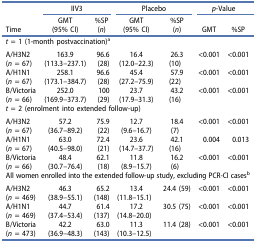
<table><thead><tr><td><b> </b></td><td colspan="2"><b>IIV3</b></td><td colspan="2"><b>Placebo</b></td><td colspan="2"><b><i>p</i>-Value</b></td></tr><tr><td><b>Time</b></td><td><b>GMT(95% CI)</b></td><td><b>%SP(<i>n</i>)</b></td><td><b>GMT(95% CI)</b></td><td><b>%SP(<i>n</i>)</b></td><td><b>GMT</b></td><td><b>%SP</b></td></tr></thead><tbody><tr><td colspan="7"><i>t</i> = 1 (1-month postvaccination)<sup>a</sup></td></tr><tr><td>A/H3N2</td><td>163.9</td><td>96.6</td><td>16.4</td><td>26.3</td><td rowspan="2">&lt;0.001</td><td rowspan="2">&lt;0.001</td></tr><tr><td>(<i>n</i> = 67)</td><td>(113.3–237.1)</td><td>(28)</td><td>(12.0–22.3)</td><td>(10)</td></tr><tr><td>A/H1N1</td><td>258.1</td><td>96.6</td><td>45.4</td><td>57.9</td><td rowspan="2">&lt;0.001</td><td rowspan="2">&lt;0.001</td></tr><tr><td>(<i>n</i> = 67)</td><td>(173.1–384.7)</td><td>(28)</td><td>(27.2–75.9)</td><td>(22)</td></tr><tr><td>B/Victoria</td><td>252.0</td><td>100</td><td>23.7</td><td>43.2</td><td rowspan="2">&lt;0.001</td><td rowspan="2">&lt;0.001</td></tr><tr><td>(<i>n</i> = 66)</td><td>(169.9–373.7)</td><td>(29)</td><td>(17.9–31.3)</td><td>(16)</td></tr><tr><td colspan="7"><i>t</i> = 2 (enrolment into extended follow-up)</td></tr><tr><td>A/H3N2</td><td>57.2</td><td>75.9</td><td>12.7</td><td>18.4</td><td rowspan="2">&lt;0.001</td><td rowspan="2">&lt;0.001</td></tr><tr><td>(<i>n</i> = 67)</td><td>(36.7–89.2)</td><td>(22)</td><td>(9.6–16.7)</td><td>(7)</td></tr><tr><td>A/H1N1</td><td>63.0</td><td>72.4</td><td>23.6</td><td>42.1</td><td rowspan="2">0.004</td><td rowspan="2">0.013</td></tr><tr><td>(<i>n</i> = 67)</td><td>(40.5–98.0)</td><td>(21)</td><td>(14.7–37.7)</td><td>(16)</td></tr><tr><td>B/Victoria</td><td>48.4</td><td>62.1</td><td>11.8</td><td>16.2</td><td rowspan="2">&lt;0.001</td><td rowspan="2">&lt;0.001</td></tr><tr><td>(<i>n</i> = 66)</td><td>(30.7–76.4)</td><td>(18)</td><td>(8.9–15.7)</td><td>(6)</td></tr><tr><td colspan="7">All women enrolled into the extended follow-up study, excluding PCR-CI cases<sup>b</sup></td></tr><tr><td>A/H3N2</td><td>46.3</td><td>65.2</td><td>13.4</td><td rowspan="2">24.4 (59)</td><td rowspan="2">&lt;0.001</td><td rowspan="2">&lt;0.001</td></tr><tr><td>(<i>n</i> = 469)</td><td>(38.9–55.1)</td><td>(148)</td><td>(11.8–15.1)</td></tr><tr><td>A/H1N1</td><td>44.7</td><td>61.4</td><td>17.2</td><td rowspan="2">30.5 (75)</td><td rowspan="2">&lt;0.001</td><td rowspan="2">&lt;0.001</td></tr><tr><td>(<i>n</i> = 469)</td><td>(37.4–53.4)</td><td>(137)</td><td>(14.8–20.0)</td></tr><tr><td>B/Victoria</td><td>42.2</td><td>63.0</td><td>11.3</td><td rowspan="2">11.4 (28)</td><td rowspan="2">&lt;0.001</td><td rowspan="2">&lt;0.001</td></tr><tr><td>(<i>n</i> = 473)</td><td>(36.9–48.3)</td><td>(143)</td><td>(10.3–12.5)</td></tr></tbody></table>